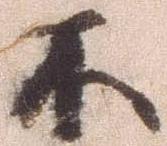
不